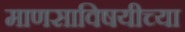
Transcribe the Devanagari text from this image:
माणसाविषयीच्या